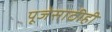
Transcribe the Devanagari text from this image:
पूजेसाठीही